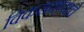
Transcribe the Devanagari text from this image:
विकसवण्याचे